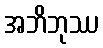
အဘိဘုဿ